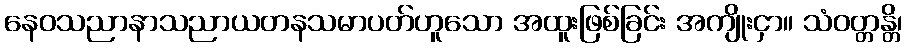
နေဝသညာနာသညာယတနသမာပတ်ဟူသော အထူးဖြစ်ခြင်း အကျိုးငှာ။ သံဝတ္တန္တိ၊